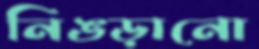
নিঙড়ানো